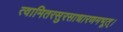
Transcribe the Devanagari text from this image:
त्वामितरसुरसाधारणमभूत्।